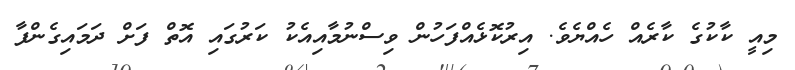
މިއީ ކާކުގެ ކާރެއް ހެއްޔެވެ. އިރުކޮޅެއްފަހުން ވިސްނުމާއިއެކު ކަރުގައި އޮތް ފަށް ދަމައިގެންފާ